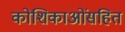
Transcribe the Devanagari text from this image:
कोशिकाओंसहित